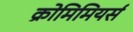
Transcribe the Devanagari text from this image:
क्रोमिमियर्स